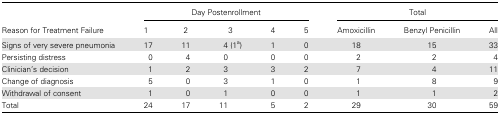
| <ROWSPAN=2> Reason for Treatment Failure | <COLSPAN=5> Day Postenrollment | <COLSPAN=3> Total |
 | 1 | 2 | 3 | 4 | 5 | Amoxicillin | Benzyl Penicillin | All |
 | --- | --- | --- | --- | --- | --- | --- | --- | --- |
 | Signs of very severe pneumonia | 17 | 11 | 4 (1a) | 1 | 0 | 18 | 15 | 33 |
 | Persisting distress | 0 | 4 | 0 | 0 | 0 | 2 | 2 | 4 |
 | Clinician's decision | 1 | 2 | 3 | 3 | 2 | 7 | 4 | 11 |
 | Change of diagnosis | 5 | 0 | 3 | 1 | 0 | 1 | 8 | 9 |
 | Withdrawal of consent | 1 | 0 | 1 | 0 | 0 | 1 | 1 | 2 |
 | Total | 24 | 17 | 11 | 5 | 2 | 29 | 30 | 59 |